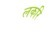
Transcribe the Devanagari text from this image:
लकरि